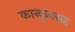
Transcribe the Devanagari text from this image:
कान्कुनसह